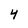
Character: 4